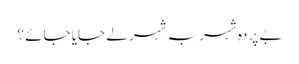
بے پردہ شہر بہ شہر لے جایا جائے ؟